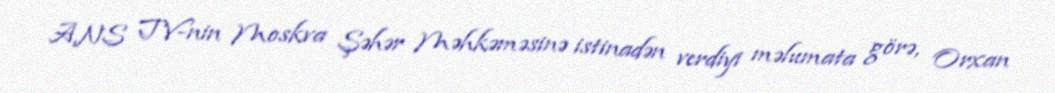
ANS TV-nin Moskva Şəhər Məhkəməsinə istinadən verdiyi məlumata görə, Orxan